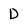
Character: D